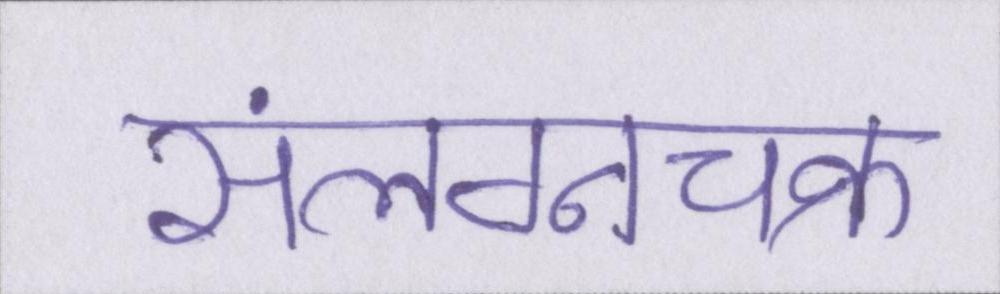
संलग्नचक्र